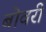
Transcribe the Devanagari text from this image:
बोवरी